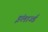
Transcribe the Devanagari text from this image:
इंलार्ज्ड